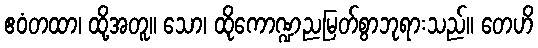
ဧဝံတထာ၊ ထို့အတူ။ သော၊ ထိုကောဏ္ဍညမြတ်စွာဘုရားသည်။ တေဟိ